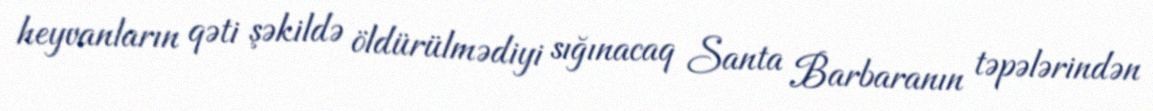
heyvanların qəti şəkildə öldürülmədiyi sığınacaq Santa Barbaranın təpələrindən